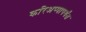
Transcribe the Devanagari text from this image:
करिअप्पापर्यंत